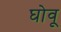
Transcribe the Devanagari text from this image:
घोवू